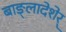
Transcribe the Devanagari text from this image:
बाङ्लादेशेर्